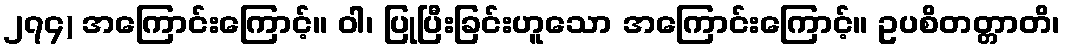
၂၇၄) အကြောင်းကြောင့်။ ဝါ၊ ပြုပြီးခြင်းဟူသော အကြောင်းကြောင့်။ ဥပစိတတ္တာတိ၊